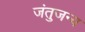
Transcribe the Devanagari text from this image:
जंतुजन्य